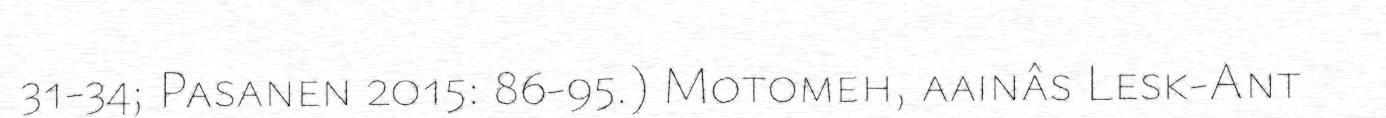
31-34; Pasanen 2015: 86-95.) Motomeh, aainâs Lesk-Ant